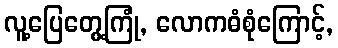
လူ့ပြေတွေ့ကြုံ, လောကဓံစုံကြောင့်,